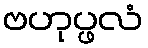
ဗဟုပ္ဖလံ